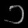
Digit: ၁